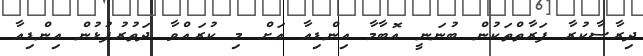
ދިރާސާކުރާ ފަރާތްތަކުން ބުނަނީ އޮބާމާ އިންޑިއާ އަށް މި ކުރައްވާ ދަތުރުފުޅުން އިންޑިއާ